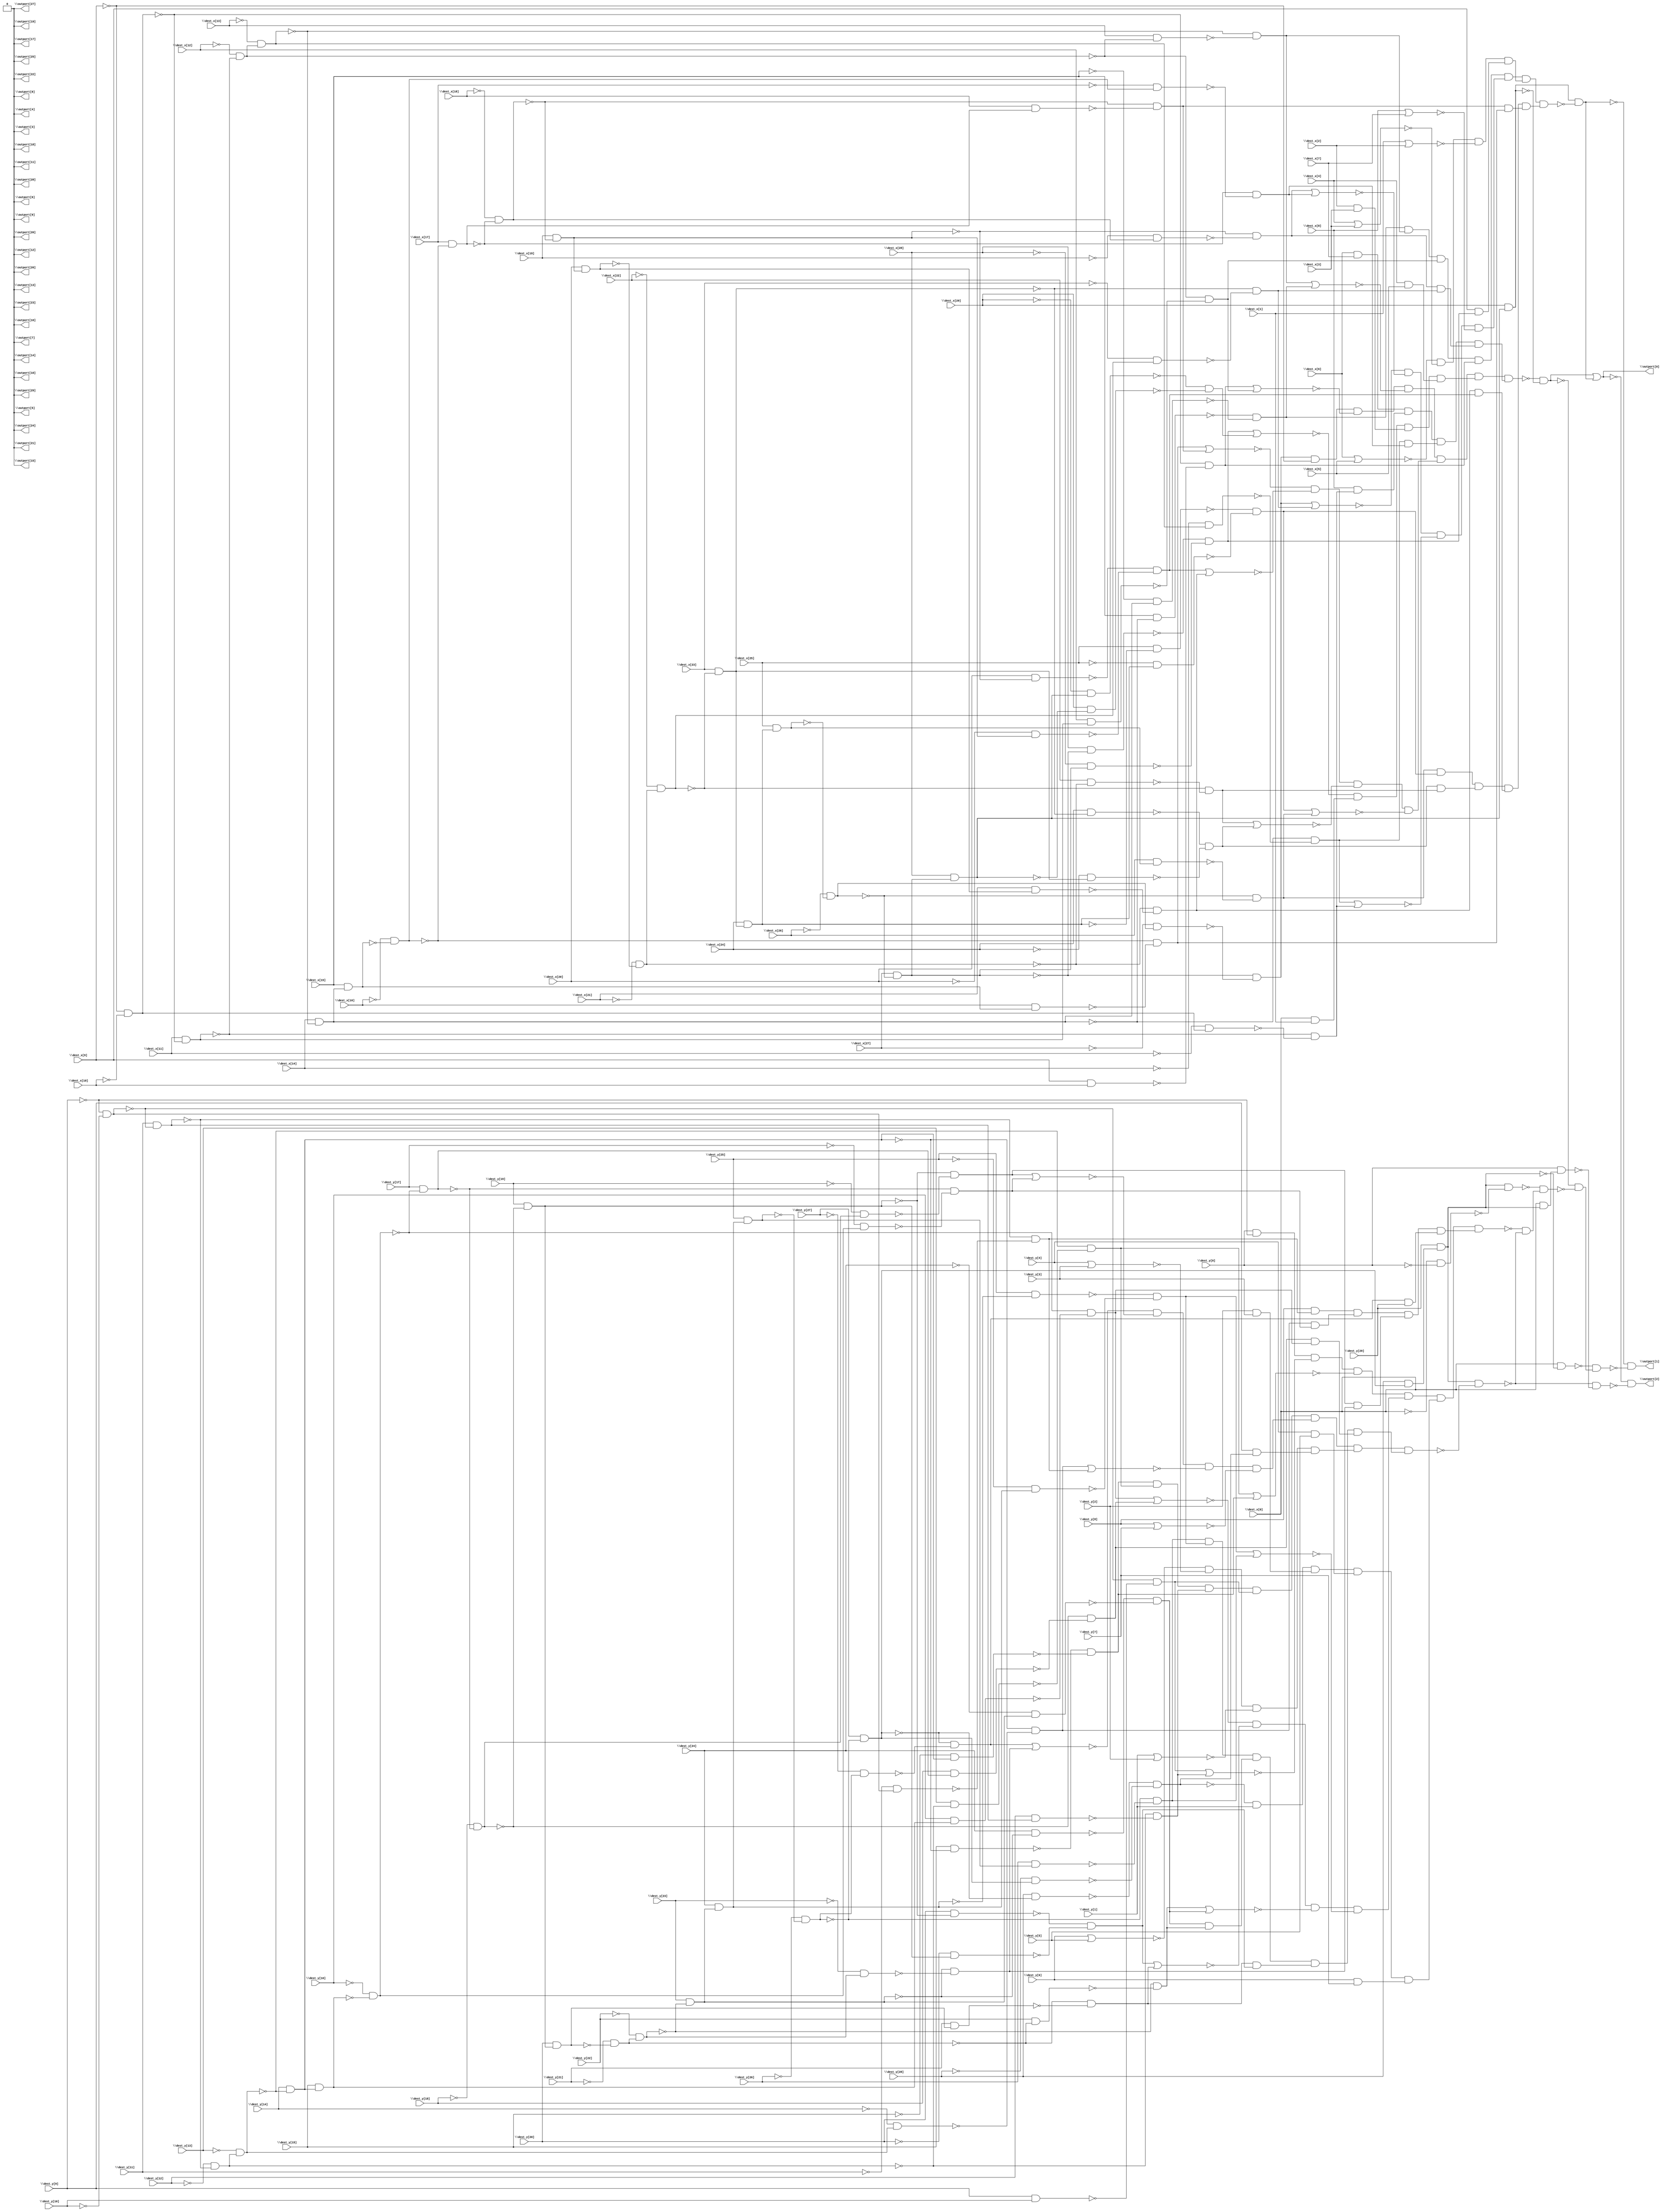
// This program was cloned from: https://github.com/circuitgraph/circuitgraph
// License: MIT License


// Generated by Cadence Genus(TM) Synthesis Solution 16.22-s033_1
// Generated on: Jan 17 2020 11:35:51 EST (Jan 17 2020 16:35:51 UTC)

// Verification Directory fv/router

module router(\dest_x[0] , \dest_x[1] , \dest_x[2] , \dest_x[3] ,
     \dest_x[4] , \dest_x[5] , \dest_x[6] , \dest_x[7] , \dest_x[8] ,
     \dest_x[9] , \dest_x[10] , \dest_x[11] , \dest_x[12] , \dest_x[13]
     , \dest_x[14] , \dest_x[15] , \dest_x[16] , \dest_x[17] ,
     \dest_x[18] , \dest_x[19] , \dest_x[20] , \dest_x[21] ,
     \dest_x[22] , \dest_x[23] , \dest_x[24] , \dest_x[25] ,
     \dest_x[26] , \dest_x[27] , \dest_x[28] , \dest_x[29] , \dest_y[0]
     , \dest_y[1] , \dest_y[2] , \dest_y[3] , \dest_y[4] , \dest_y[5] ,
     \dest_y[6] , \dest_y[7] , \dest_y[8] , \dest_y[9] , \dest_y[10] ,
     \dest_y[11] , \dest_y[12] , \dest_y[13] , \dest_y[14] ,
     \dest_y[15] , \dest_y[16] , \dest_y[17] , \dest_y[18] ,
     \dest_y[19] , \dest_y[20] , \dest_y[21] , \dest_y[22] ,
     \dest_y[23] , \dest_y[24] , \dest_y[25] , \dest_y[26] ,
     \dest_y[27] , \dest_y[28] , \dest_y[29] , \outport[0] ,
     \outport[1] , \outport[2] , \outport[3] , \outport[4] ,
     \outport[5] , \outport[6] , \outport[7] , \outport[8] ,
     \outport[9] , \outport[10] , \outport[11] , \outport[12] ,
     \outport[13] , \outport[14] , \outport[15] , \outport[16] ,
     \outport[17] , \outport[18] , \outport[19] , \outport[20] ,
     \outport[21] , \outport[22] , \outport[23] , \outport[24] ,
     \outport[25] , \outport[26] , \outport[27] , \outport[28] ,
     \outport[29] );
  input \dest_x[0] , \dest_x[1] , \dest_x[2] , \dest_x[3] , \dest_x[4]
       , \dest_x[5] , \dest_x[6] , \dest_x[7] , \dest_x[8] , \dest_x[9]
       , \dest_x[10] , \dest_x[11] , \dest_x[12] , \dest_x[13] ,
       \dest_x[14] , \dest_x[15] , \dest_x[16] , \dest_x[17] ,
       \dest_x[18] , \dest_x[19] , \dest_x[20] , \dest_x[21] ,
       \dest_x[22] , \dest_x[23] , \dest_x[24] , \dest_x[25] ,
       \dest_x[26] , \dest_x[27] , \dest_x[28] , \dest_x[29] ,
       \dest_y[0] , \dest_y[1] , \dest_y[2] , \dest_y[3] , \dest_y[4] ,
       \dest_y[5] , \dest_y[6] , \dest_y[7] , \dest_y[8] , \dest_y[9] ,
       \dest_y[10] , \dest_y[11] , \dest_y[12] , \dest_y[13] ,
       \dest_y[14] , \dest_y[15] , \dest_y[16] , \dest_y[17] ,
       \dest_y[18] , \dest_y[19] , \dest_y[20] , \dest_y[21] ,
       \dest_y[22] , \dest_y[23] , \dest_y[24] , \dest_y[25] ,
       \dest_y[26] , \dest_y[27] , \dest_y[28] , \dest_y[29] ;
  output \outport[0] , \outport[1] , \outport[2] , \outport[3] ,
       \outport[4] , \outport[5] , \outport[6] , \outport[7] ,
       \outport[8] , \outport[9] , \outport[10] , \outport[11] ,
       \outport[12] , \outport[13] , \outport[14] , \outport[15] ,
       \outport[16] , \outport[17] , \outport[18] , \outport[19] ,
       \outport[20] , \outport[21] , \outport[22] , \outport[23] ,
       \outport[24] , \outport[25] , \outport[26] , \outport[27] ,
       \outport[28] , \outport[29] ;
  wire \dest_x[0] , \dest_x[1] , \dest_x[2] , \dest_x[3] , \dest_x[4] ,
       \dest_x[5] , \dest_x[6] , \dest_x[7] , \dest_x[8] , \dest_x[9] ,
       \dest_x[10] , \dest_x[11] , \dest_x[12] , \dest_x[13] ,
       \dest_x[14] , \dest_x[15] , \dest_x[16] , \dest_x[17] ,
       \dest_x[18] , \dest_x[19] , \dest_x[20] , \dest_x[21] ,
       \dest_x[22] , \dest_x[23] , \dest_x[24] , \dest_x[25] ,
       \dest_x[26] , \dest_x[27] , \dest_x[28] , \dest_x[29] ,
       \dest_y[0] , \dest_y[1] , \dest_y[2] , \dest_y[3] , \dest_y[4] ,
       \dest_y[5] , \dest_y[6] , \dest_y[7] , \dest_y[8] , \dest_y[9] ,
       \dest_y[10] , \dest_y[11] , \dest_y[12] , \dest_y[13] ,
       \dest_y[14] , \dest_y[15] , \dest_y[16] , \dest_y[17] ,
       \dest_y[18] , \dest_y[19] , \dest_y[20] , \dest_y[21] ,
       \dest_y[22] , \dest_y[23] , \dest_y[24] , \dest_y[25] ,
       \dest_y[26] , \dest_y[27] , \dest_y[28] , \dest_y[29] ;
  wire \outport[0] , \outport[1] , \outport[2] , \outport[3] ,
       \outport[4] , \outport[5] , \outport[6] , \outport[7] ,
       \outport[8] , \outport[9] , \outport[10] , \outport[11] ,
       \outport[12] , \outport[13] , \outport[14] , \outport[15] ,
       \outport[16] , \outport[17] , \outport[18] , \outport[19] ,
       \outport[20] , \outport[21] , \outport[22] , \outport[23] ,
       \outport[24] , \outport[25] , \outport[26] , \outport[27] ,
       \outport[28] , \outport[29] ;
  wire n92, n93, n94, n95, n96, n97, n98, n99;
  wire n100, n101, n102, n103, n104, n105, n106, n107;
  wire n108, n109, n110, n111, n112, n113, n114, n115;
  wire n116, n117, n118, n119, n120, n121, n122, n123;
  wire n124, n125, n126, n127, n128, n129, n130, n131;
  wire n132, n133, n134, n135, n136, n137, n138, n139;
  wire n140, n141, n142, n143, n144, n145, n146, n147;
  wire n148, n149, n150, n151, n152, n153, n154, n155;
  wire n156, n185, n186, n187, n214, n215, n217, n218;
  wire n219, n220, n221, n222, n223, n224, n225, n226;
  wire n227, n228, n229, n230, n231, n232, n233, n234;
  wire n235, n236, n237, n238, n239, n240, n241, n242;
  wire n243, n244, n245, n246, n247, n248, n249, n250;
  wire n251, n252, n253, n254, n255, n256, n257, n258;
  wire n259, n260, n261, n262, n263, n264, n265, n266;
  wire n267, n268, n269, n270, n271, n272, n273, n274;
  wire n275, n276, n277, n278, n279, n280, n281, n282;
  wire n311, n338, n339, n340, n341, n342, n343, n345;
  wire n346, n347, n_30, n_31, n_32, n_33, n_35, n_36;
  wire n_37, n_39, n_40, n_41, n_43, n_44, n_45, n_47;
  wire n_48, n_49, n_51, n_52, n_53, n_55, n_56, n_57;
  wire n_58, n_60, n_61, n_62, n_64, n_65, n_66, n_68;
  wire n_69, n_70, n_72, n_73, n_74, n_76, n_77, n_78;
  wire n_79, n_81, n_82, n_83, n_85, n_86, n_87, n_89;
  wire n_90, n_91, n_93, n_94, n_95, n_96, n_98, n_99;
  wire n_100, n_101, n_103, n_104, n_105, n_107, n_108, n_109;
  wire n_111, n_112, n_113, n_114, n_138, n_139, n_154, n_157;
  wire n_158, n_160, n_162, n_163, n_165, n_167, n_170, n_171;
  wire n_173, n_175, n_176, n_178, n_181, n_182, n_184, n_186;
  wire n_190, n_191, n_193, n_196, n_198, n_199, n_200, n_201;
  wire n_202, n_203, n_204, n_205, n_206, n_207, n_208, n_209;
  wire n_210, n_211, n_212, n_213, n_214, n_215, n_216, n_217;
  wire n_218, n_219, n_220, n_221, n_222, n_223, n_224, n_225;
  wire n_226, n_227, n_228, n_229, n_230, n_231, n_232, n_233;
  wire n_234, n_235, n_236, n_237, n_238, n_239, n_240, n_241;
  wire n_242, n_278, n_279, n_280, n_281, n_282, n_283, n_284;
  wire n_285, n_286, n_287, n_289, n_290, n_293, n_294, n_295;
  wire n_296, n_297, n_298, n_299, n_300, n_301, n_302, n_303;
  wire n_304, n_305, n_306, n_307, n_308, n_309, n_310, n_311;
  wire n_312, n_313, n_314, n_315, n_316, n_317, n_318, n_319;
  wire n_320, n_321, n_322, n_323, n_324, n_325, n_326, n_327;
  wire n_328, n_329, n_330, n_331, n_332, n_333, n_334, n_335;
  wire n_336, n_337, n_338, n_339, n_340, n_341, n_342, n_343;
  wire n_344, n_345, n_346, n_347, n_348, n_349, n_350, n_351;
  wire n_352, n_353, n_354, n_355, n_356, n_357, n_358, n_359;
  wire n_360, n_361;
  assign \outport[29]  = 1'b0;
  assign \outport[28]  = 1'b0;
  assign \outport[27]  = 1'b0;
  assign \outport[26]  = 1'b0;
  assign \outport[25]  = 1'b0;
  assign \outport[24]  = 1'b0;
  assign \outport[23]  = 1'b0;
  assign \outport[22]  = 1'b0;
  assign \outport[21]  = 1'b0;
  assign \outport[20]  = 1'b0;
  assign \outport[19]  = 1'b0;
  assign \outport[18]  = 1'b0;
  assign \outport[17]  = 1'b0;
  assign \outport[16]  = 1'b0;
  assign \outport[15]  = 1'b0;
  assign \outport[14]  = 1'b0;
  assign \outport[13]  = 1'b0;
  assign \outport[12]  = 1'b0;
  assign \outport[11]  = 1'b0;
  assign \outport[10]  = 1'b0;
  assign \outport[9]  = 1'b0;
  assign \outport[8]  = 1'b0;
  assign \outport[7]  = 1'b0;
  assign \outport[6]  = 1'b0;
  assign \outport[5]  = 1'b0;
  assign \outport[4]  = 1'b0;
  assign \outport[3]  = 1'b0;
  not g1 (n_30, \dest_x[9] );
  not g2 (n_31, \dest_x[10] );
  and g3 (n92, n_30, n_31);
  and g4 (n93, \dest_x[9] , \dest_x[10] );
  not g5 (n_32, n92);
  not g6 (n_33, n93);
  and g7 (n94, n_32, n_33);
  and g8 (n95, \dest_x[11] , n_32);
  not g9 (n_35, \dest_x[11] );
  and g10 (n96, n_35, n92);
  not g11 (n_36, n95);
  not g12 (n_37, n96);
  and g13 (n97, n_36, n_37);
  not g14 (n_39, \dest_x[12] );
  and g15 (n98, n_39, n_36);
  and g16 (n99, \dest_x[12] , n95);
  not g17 (n_40, n98);
  not g18 (n_41, n99);
  and g19 (n100, n_40, n_41);
  not g20 (n_43, \dest_x[13] );
  and g21 (n101, n_43, n98);
  and g22 (n102, \dest_x[13] , n_40);
  not g23 (n_44, n101);
  not g24 (n_45, n102);
  and g25 (n103, n_44, n_45);
  and g26 (n104, \dest_x[14] , n_44);
  not g27 (n_47, \dest_x[14] );
  and g28 (n105, n_47, n101);
  not g29 (n_48, n104);
  not g30 (n_49, n105);
  and g31 (n106, n_48, n_49);
  and g32 (n107, \dest_x[15] , n_48);
  not g33 (n_51, \dest_x[15] );
  and g34 (n108, n_51, n104);
  not g35 (n_52, n107);
  not g36 (n_53, n108);
  and g37 (n109, n_52, n_53);
  and g38 (n110, \dest_x[15] , n104);
  not g39 (n_55, \dest_x[16] );
  not g40 (n_56, n110);
  and g41 (n111, n_55, n_56);
  and g42 (n112, \dest_x[16] , n110);
  not g43 (n_57, n111);
  not g44 (n_58, n112);
  and g45 (n113, n_57, n_58);
  and g46 (n114, \dest_x[17] , n_57);
  not g47 (n_60, \dest_x[17] );
  and g48 (n115, n_60, n111);
  not g49 (n_61, n114);
  not g50 (n_62, n115);
  and g51 (n116, n_61, n_62);
  not g52 (n_64, \dest_x[18] );
  and g53 (n117, n_64, n_61);
  and g54 (n118, \dest_x[18] , n114);
  not g55 (n_65, n117);
  not g56 (n_66, n118);
  and g57 (n119, n_65, n_66);
  and g58 (n120, \dest_x[19] , n_65);
  not g59 (n_68, \dest_x[19] );
  and g60 (n121, n_68, n117);
  not g61 (n_69, n120);
  not g62 (n_70, n121);
  and g63 (n122, n_69, n_70);
  and g64 (n123, \dest_x[20] , n_69);
  not g65 (n_72, \dest_x[20] );
  and g66 (n124, n_72, n120);
  not g67 (n_73, n123);
  not g68 (n_74, n124);
  and g69 (n125, n_73, n_74);
  and g70 (n126, \dest_x[20] , n120);
  not g71 (n_76, \dest_x[21] );
  not g72 (n_77, n126);
  and g73 (n127, n_76, n_77);
  and g74 (n128, \dest_x[21] , n126);
  not g75 (n_78, n127);
  not g76 (n_79, n128);
  and g77 (n129, n_78, n_79);
  not g78 (n_81, \dest_x[22] );
  and g79 (n130, n_81, n127);
  and g80 (n131, \dest_x[22] , n_78);
  not g81 (n_82, n130);
  not g82 (n_83, n131);
  and g83 (n132, n_82, n_83);
  and g84 (n133, \dest_x[23] , n_82);
  not g85 (n_85, \dest_x[23] );
  and g86 (n134, n_85, n130);
  not g87 (n_86, n133);
  not g88 (n_87, n134);
  and g89 (n135, n_86, n_87);
  and g90 (n136, \dest_x[24] , n_86);
  not g91 (n_89, \dest_x[24] );
  and g92 (n137, n_89, n133);
  not g93 (n_90, n136);
  not g94 (n_91, n137);
  and g95 (n138, n_90, n_91);
  and g96 (n139, \dest_x[24] , n133);
  not g97 (n_93, n139);
  and g98 (n140, \dest_x[25] , n_93);
  not g99 (n_94, \dest_x[25] );
  and g100 (n141, n_94, n139);
  not g101 (n_95, n140);
  not g102 (n_96, n141);
  and g103 (n142, n_95, n_96);
  and g104 (n143, \dest_x[25] , n139);
  not g105 (n_98, \dest_x[26] );
  not g106 (n_99, n143);
  and g107 (n144, n_98, n_99);
  and g108 (n145, \dest_x[26] , n143);
  not g109 (n_100, n144);
  not g110 (n_101, n145);
  and g111 (n146, n_100, n_101);
  and g112 (n147, \dest_x[27] , n_100);
  not g113 (n_103, \dest_x[27] );
  and g114 (n148, n_103, n144);
  not g115 (n_104, n147);
  not g116 (n_105, n148);
  and g117 (n149, n_104, n_105);
  and g118 (n150, \dest_x[28] , n_104);
  not g119 (n_107, \dest_x[28] );
  and g120 (n151, n_107, n147);
  not g121 (n_108, n150);
  not g122 (n_109, n151);
  and g123 (n152, n_108, n_109);
  and g124 (n153, \dest_x[28] , n147);
  not g125 (n_111, \dest_x[29] );
  and g126 (n154, n_111, n153);
  not g127 (n_112, n153);
  and g128 (n155, \dest_x[29] , n_112);
  not g129 (n_113, n154);
  not g130 (n_114, n155);
  and g131 (n156, n_113, n_114);
  and g175 (n186, \dest_x[29] , n153);
  not g176 (n_138, n185);
  not g177 (n_139, n186);
  and g178 (n187, n_138, n_139);
  not g220 (n_154, n214);
  and g221 (n215, n186, n_154);
  or g222 (\outport[0] , n187, n215);
  not g223 (n_157, \dest_y[9] );
  not g224 (n_158, \dest_y[10] );
  and g225 (n217, n_157, n_158);
  not g226 (n_160, n217);
  and g227 (n218, \dest_y[11] , n_160);
  not g228 (n_162, \dest_y[12] );
  not g229 (n_163, n218);
  and g230 (n219, n_162, n_163);
  not g231 (n_165, \dest_y[13] );
  and g232 (n220, n_165, n219);
  not g233 (n_167, n220);
  and g234 (n221, \dest_y[14] , n_167);
  and g235 (n222, \dest_y[15] , n221);
  not g236 (n_170, \dest_y[16] );
  not g237 (n_171, n222);
  and g238 (n223, n_170, n_171);
  not g239 (n_173, n223);
  and g240 (n224, \dest_y[17] , n_173);
  not g241 (n_175, \dest_y[18] );
  not g242 (n_176, n224);
  and g243 (n225, n_175, n_176);
  not g244 (n_178, n225);
  and g245 (n226, \dest_y[19] , n_178);
  and g246 (n227, \dest_y[20] , n226);
  not g247 (n_181, \dest_y[21] );
  not g248 (n_182, n227);
  and g249 (n228, n_181, n_182);
  not g250 (n_184, \dest_y[22] );
  and g251 (n229, n_184, n228);
  not g252 (n_186, n229);
  and g253 (n230, \dest_y[23] , n_186);
  and g254 (n231, \dest_y[24] , n230);
  and g255 (n232, \dest_y[25] , n231);
  not g256 (n_190, \dest_y[26] );
  not g257 (n_191, n232);
  and g258 (n233, n_190, n_191);
  not g259 (n_193, n233);
  and g260 (n234, \dest_y[27] , n_193);
  and g261 (n235, \dest_y[28] , n234);
  and g262 (n236, \dest_y[29] , n235);
  not g263 (n_196, n236);
  and g264 (n237, \dest_x[0] , n_196);
  not g265 (n_198, \dest_x[0] );
  not g266 (n_199, \dest_y[0] );
  and g267 (n238, n_198, n_199);
  not g268 (n_200, n238);
  and g269 (n239, n236, n_200);
  and g270 (n240, \dest_y[9] , \dest_y[10] );
  not g271 (n_201, n240);
  and g272 (n241, n_160, n_201);
  not g273 (n_202, \dest_y[11] );
  and g274 (n242, n_202, n217);
  not g275 (n_203, n242);
  and g276 (n243, n_163, n_203);
  and g277 (n244, \dest_y[12] , n218);
  not g278 (n_204, n219);
  not g279 (n_205, n244);
  and g280 (n245, n_204, n_205);
  and g281 (n246, \dest_y[13] , n_204);
  not g282 (n_206, n246);
  and g283 (n247, n_167, n_206);
  not g284 (n_207, \dest_y[14] );
  and g285 (n248, n_207, n220);
  not g286 (n_208, n221);
  not g287 (n_209, n248);
  and g288 (n249, n_208, n_209);
  and g289 (n250, \dest_y[15] , n_208);
  not g290 (n_210, \dest_y[15] );
  and g291 (n251, n_210, n221);
  not g292 (n_211, n250);
  not g293 (n_212, n251);
  and g294 (n252, n_211, n_212);
  and g295 (n253, \dest_y[16] , n222);
  not g296 (n_213, n253);
  and g297 (n254, n_173, n_213);
  not g298 (n_214, \dest_y[17] );
  and g299 (n255, n_214, n223);
  not g300 (n_215, n255);
  and g301 (n256, n_176, n_215);
  and g302 (n257, \dest_y[18] , n224);
  not g303 (n_216, n257);
  and g304 (n258, n_178, n_216);
  not g305 (n_217, \dest_y[19] );
  and g306 (n259, n_217, n225);
  not g307 (n_218, n226);
  not g308 (n_219, n259);
  and g309 (n260, n_218, n_219);
  and g310 (n261, \dest_y[20] , n_218);
  not g311 (n_220, \dest_y[20] );
  and g312 (n262, n_220, n226);
  not g313 (n_221, n261);
  not g314 (n_222, n262);
  and g315 (n263, n_221, n_222);
  and g316 (n264, \dest_y[21] , n227);
  not g317 (n_223, n228);
  not g318 (n_224, n264);
  and g319 (n265, n_223, n_224);
  and g320 (n266, \dest_y[22] , n_223);
  not g321 (n_225, n266);
  and g322 (n267, n_186, n_225);
  not g323 (n_226, \dest_y[23] );
  and g324 (n268, n_226, n229);
  not g325 (n_227, n230);
  not g326 (n_228, n268);
  and g327 (n269, n_227, n_228);
  and g328 (n270, \dest_y[24] , n_227);
  not g329 (n_229, \dest_y[24] );
  and g330 (n271, n_229, n230);
  not g331 (n_230, n270);
  not g332 (n_231, n271);
  and g333 (n272, n_230, n_231);
  not g334 (n_232, n231);
  and g335 (n273, \dest_y[25] , n_232);
  not g336 (n_233, \dest_y[25] );
  and g337 (n274, n_233, n231);
  not g338 (n_234, n273);
  not g339 (n_235, n274);
  and g340 (n275, n_234, n_235);
  and g341 (n276, \dest_y[26] , n232);
  not g342 (n_236, n276);
  and g343 (n277, n_193, n_236);
  not g344 (n_237, \dest_y[27] );
  and g345 (n278, n_237, n233);
  not g346 (n_238, n234);
  not g347 (n_239, n278);
  and g348 (n279, n_238, n_239);
  and g349 (n280, \dest_y[28] , n_238);
  not g350 (n_240, \dest_y[28] );
  and g351 (n281, n_240, n234);
  not g352 (n_241, n280);
  not g353 (n_242, n281);
  and g354 (n282, n_241, n_242);
  not g438 (n_278, n338);
  and g439 (n339, n236, n_278);
  not g440 (n_279, n311);
  not g441 (n_280, n339);
  and g442 (n340, n_279, n_280);
  not g443 (n_281, n239);
  and g444 (n341, n_281, n340);
  not g445 (n_282, n187);
  not g446 (n_283, n341);
  and g447 (n342, n_282, n_283);
  not g448 (n_284, n237);
  and g449 (n343, n_284, n342);
  not g450 (n_285, n215);
  not g451 (n_286, n343);
  and g452 (\outport[1] , n_285, n_286);
  and g453 (n345, \dest_x[0] , n236);
  and g454 (n346, \dest_y[0] , n345);
  not g455 (n_287, n346);
  and g456 (n347, n_280, n_287);
  not g457 (n_289, \outport[0] );
  not g458 (n_290, n347);
  and g459 (\outport[2] , n_289, n_290);
  nor g460 (n_293, n94, n100);
  nor g461 (n_294, n103, n109);
  nor g462 (n_295, n113, n119);
  nor g463 (n_296, n125, n129);
  nor g464 (n_297, n132, n138);
  nor g465 (n_298, n142, n146);
  nor g466 (n_299, n152, n156);
  and g467 (n_300, \dest_x[0] , \dest_x[1] );
  and g468 (n_301, \dest_x[2] , \dest_x[3] );
  and g469 (n_302, \dest_x[4] , \dest_x[5] );
  and g470 (n_303, \dest_x[6] , \dest_x[7] );
  and g471 (n_304, \dest_x[8] , n97);
  and g472 (n_305, n106, n116);
  and g473 (n_306, n122, n135);
  and g474 (n_307, n149, n_30, n_293, n_294);
  and g475 (n_308, n_295, n_296, n_297, n_298);
  and g476 (n_309, n_299, n_300, n_301, n_302);
  and g477 (n_310, n_303, n_304, n_305, n_306);
  and g478 (n185, n_307, n_308, n_309, n_310);
  nor g479 (n_311, n149, n135);
  nor g480 (n_312, n122, n116);
  nor g481 (n_313, n106, n97);
  nor g482 (n_314, \dest_x[8] , \dest_x[7] );
  nor g483 (n_315, \dest_x[6] , \dest_x[5] );
  nor g484 (n_316, \dest_x[4] , \dest_x[3] );
  nor g485 (n_317, \dest_x[1] , \dest_x[2] );
  and g486 (n_318, \dest_x[9] , n152);
  and g487 (n_319, n146, n142);
  and g488 (n_320, n138, n132);
  and g489 (n_321, n129, n125);
  and g490 (n_322, n119, n113);
  and g491 (n_323, n109, n103, n100, n94);
  and g492 (n_324, n_311, n_312, n_313, n_314);
  and g493 (n_325, n_315, n_316, n_317, n_318);
  and g494 (n_326, n_319, n_320, n_321, n_322);
  and g495 (n214, n_323, n_324, n_325, n_326);
  nor g496 (n_328, n241, n245);
  nor g497 (n_329, n247, n252);
  nor g498 (n_330, n254, n258);
  nor g499 (n_331, n263, n265);
  nor g500 (n_332, n267, n272);
  nor g501 (n_333, n275, n277);
  and g502 (n_334, n_327, \dest_y[1] );
  not g503 (n_327, n282);
  and g504 (n_335, \dest_y[2] , \dest_y[3] );
  and g505 (n_336, \dest_y[4] , \dest_y[5] );
  and g506 (n_337, \dest_y[6] , \dest_y[7] );
  and g507 (n_338, \dest_y[8] , n243);
  and g508 (n_339, n249, n256);
  and g509 (n_340, n260, n269);
  and g510 (n_341, n279, \dest_y[29] );
  and g511 (n_342, \dest_y[0] , n_157, n_328, n_329);
  and g512 (n_343, n_330, n_331, n_332, n_333);
  and g513 (n_344, n_334, n_335, n_336, n_337);
  and g514 (n_345, n_338, n_339, n_340, n_341);
  and g515 (n311, n_342, n_343, n_344, n_345);
  nor g516 (n_346, n279, n269);
  nor g517 (n_347, n260, n256);
  nor g518 (n_348, n249, n243);
  nor g519 (n_349, \dest_y[8] , \dest_y[7] );
  nor g520 (n_350, \dest_y[6] , \dest_y[5] );
  nor g521 (n_351, \dest_y[4] , \dest_y[3] );
  nor g522 (n_352, \dest_y[1] , \dest_y[2] );
  and g523 (n_353, \dest_y[9] , n282);
  and g524 (n_354, n277, n275);
  and g525 (n_355, n272, n267);
  and g526 (n_356, n265, n263);
  and g527 (n_357, n258, n254);
  and g528 (n_358, n252, n247, n245, n241);
  and g529 (n_359, n_346, n_347, n_348, n_349);
  and g530 (n_360, n_350, n_351, n_352, n_353);
  and g531 (n_361, n_354, n_355, n_356, n_357);
  and g532 (n338, n_358, n_359, n_360, n_361);
endmodule